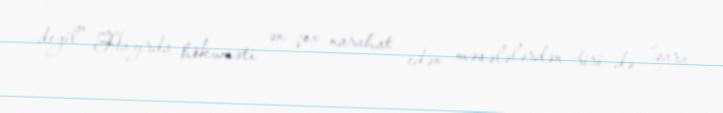
deyil” Hazırda hökuməti ən çox narahat edən məsələlərdən biri də “qara